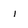
Character: I